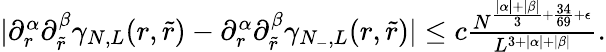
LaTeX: \begin{array}{r}{|\partial_{r}^{\alpha}\partial_{\tilde{r}}^{\beta}\gamma_{N,L}(r,\tilde{r})-\partial_{r}^{\alpha}\partial_{\tilde{r}}^{\beta}\gamma_{N_{-},L}(r,\tilde{r})|\leq c\frac{N^{\frac{|\alpha|+|\beta|}{3}+\frac{34}{69}+\epsilon}}{L^{3+|\alpha|+|\beta|}}.}\end{array}